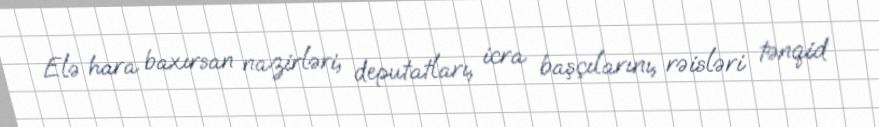
Elə hara baxırsan nazirləri, deputatları, icra başçılarını, rəisləri tənqid